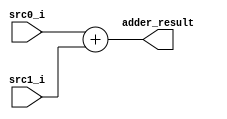
`timescale 1ns/1ps

module Adder(
    input [31:0] src0_i,
    input [31:0] src1_i,
    output [31:0] adder_result
); 

    assign adder_result = src0_i + src1_i ; 

endmodule